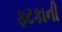
ફટકાની